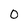
Character: O